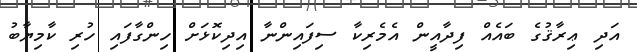
އަދި ޢިރާޤުގެ ބައެއް ފިދާއީން އެމެރިކާ ސިފައިންނާ އިދިކޮޅަށް ހިންގާފައި ހުރި ކާމިޔާބު